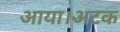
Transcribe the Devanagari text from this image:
आया।अटक